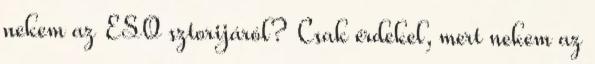
nekem az ESO sztorijáról? Csak érdekel, mert nekem az